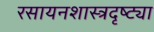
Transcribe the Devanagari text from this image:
रसायनशास्त्रदृष्ट्या